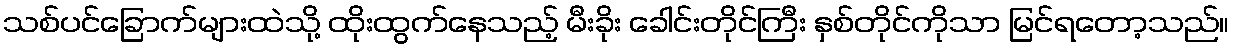
သစ်ပင်ခြောက်များထဲသို့ ထိုးထွက်နေသည့် မီးခိုး ခေါင်းတိုင်ကြီး နှစ်တိုင်ကိုသာ မြင်ရတော့သည်။